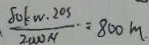
\frac { 8 0 k w \cdot 2 0 s } { 2 0 0 0 N } = 8 0 0 m .